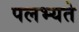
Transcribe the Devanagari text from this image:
पलभ्यते